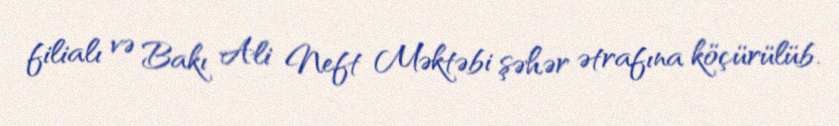
filialı və Bakı Ali Neft Məktəbi şəhər ətrafına köçürülüb.